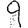
Digit: 9